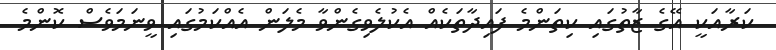
ކަރާއަކީ އޭގެ ޒާތުގައި ކިތަންމެ ފައިދާތަކެއް އެކުލެވިގެންވާ މެލަން އެއްކަމުގައި ވީނަމަވެސް ކޮންމެ